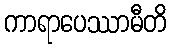
ကာရာပေဿာမီတိ